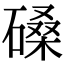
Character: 磉